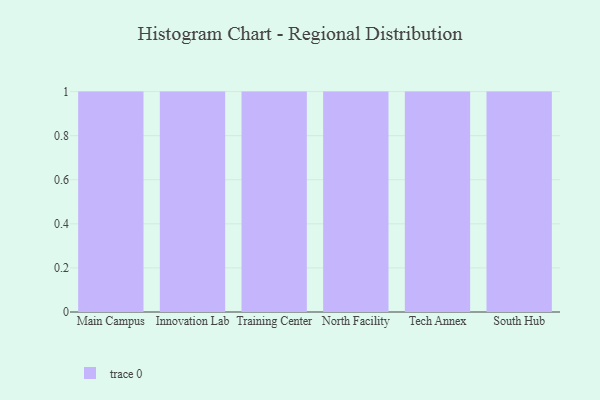
{"axis": {"x": "Campus", "y": "Market Share (%)"}, "legend": [""], "data": [{"x": "Main Campus", "y": 44, "type": ""}, {"x": "Innovation Lab", "y": 33, "type": ""}, {"x": "Training Center", "y": 61, "type": ""}, {"x": "North Facility", "y": 43, "type": ""}, {"x": "Tech Annex", "y": 5, "type": ""}, {"x": "South Hub", "y": 71, "type": ""}]}